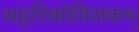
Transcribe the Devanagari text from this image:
थट्टरिकोविलकम्